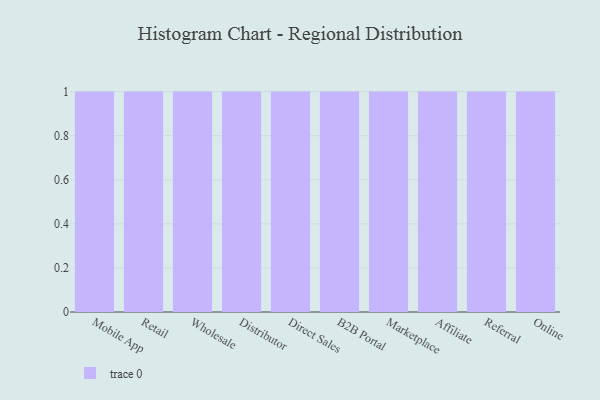
{"axis": {"x": "Channel", "y": "Satisfaction Score"}, "legend": [""], "data": [{"x": "Mobile App", "y": 7, "type": ""}, {"x": "Retail", "y": 9, "type": ""}, {"x": "Wholesale", "y": 34, "type": ""}, {"x": "Distributor", "y": 71, "type": ""}, {"x": "Direct Sales", "y": 58, "type": ""}, {"x": "B2B Portal", "y": 86, "type": ""}, {"x": "Marketplace", "y": 71, "type": ""}, {"x": "Affiliate", "y": 8, "type": ""}, {"x": "Referral", "y": 97, "type": ""}, {"x": "Online", "y": 62, "type": ""}]}